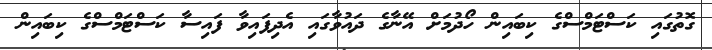
ގޮތުގައި ކަސްޓަމްސްގެ ކިބައިން ހޯދުމަށް އޭނާގެ ދައުވާގައި އެދިފައިވާ ފައިސާ ކަސްޓަމްސްގެ ކިބައިން